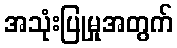
အသုံးပြုမှုအတွက်